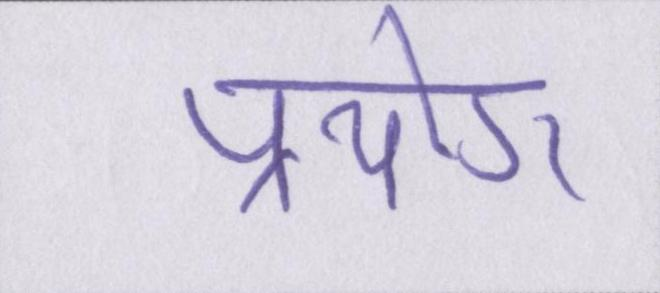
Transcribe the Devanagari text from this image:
प्रयोग